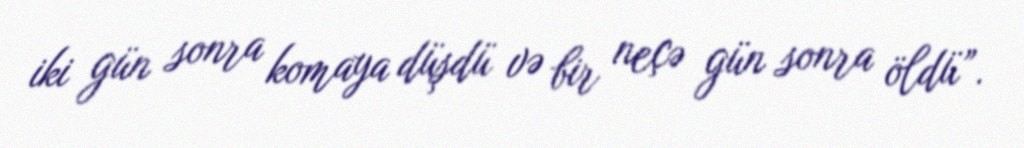
iki gün sonra komaya düşdü və bir neçə gün sonra öldü”.